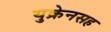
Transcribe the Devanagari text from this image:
युक्रेनसह